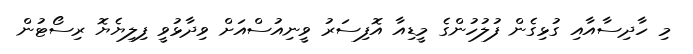
މި ހާދިސާއާއި ގުޅިގެން ފުލުހުންގެ މީޑިއާ އޮފިސަރު ވީނިއުސްއަށް ވިދާޅުވީ ފިލިޔެޔޮ ރިސޯޓުން